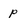
Character: p